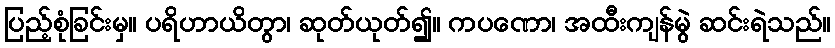
ပြည့်စုံခြင်းမှ။ ပရိဟာယိတွာ၊ ဆုတ်ယုတ်၍။ ကပဏော၊ အထီးကျန်မွဲ ဆင်းရဲသည်။